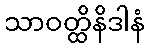
သာဝတ္ထိနိဒါနံ